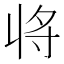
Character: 𭔬